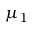
\mu _ { 1 }